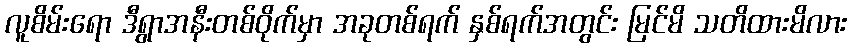
လူစိမ်းရော ဒီရွာအနီးတစ်ဝိုက်မှာ အခုတစ်ရက် နှစ်ရက်အတွင်း မြင်မိ သတိထားမိလား